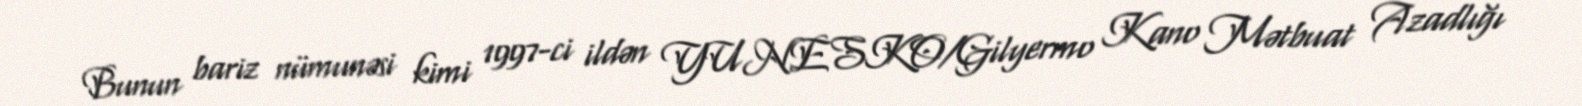
Bunun bariz nümunəsi kimi 1997-ci ildən YUNESKO/Gilyermo Kano Mətbuat Azadlığı